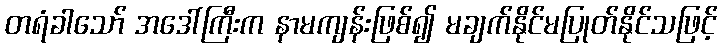
တရံခါသော် အဒေါ်ကြီးက နာမကျန်းဖြစ်၍ မချက်နိုင်မပြုတ်နိုင်သဖြင့်